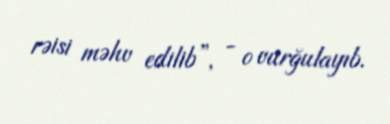
rəisi məhv edilib”, - o vurğulayıb.